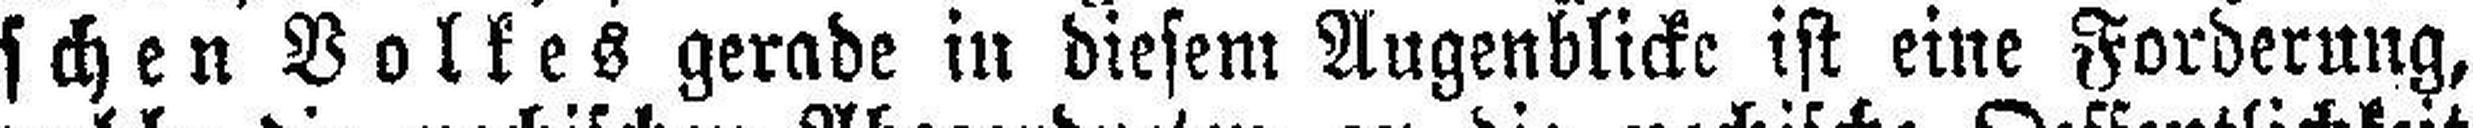
schen Volkes gerade in diesem Augenblicke ist eine Forderung,